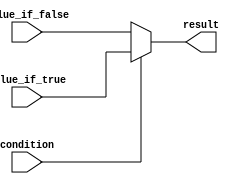
module conditional_operator (
    input wire condition,
    input wire value_if_true,
    input wire value_if_false,
    output reg result
);

always @(condition or value_if_true or value_if_false)
begin
    result = condition ? value_if_true : value_if_false;
end

endmodule